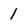
Character: 1